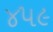
૪૫૯